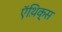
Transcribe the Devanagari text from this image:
ऍथ़िक्स